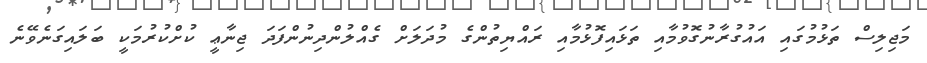
މަޖިލިސް ތަޅުމުގައި އައުގުރާނުގޮވުމާއި ތަޅައިފޮޅުމާއި ރައްޔިތުންގެ މުދަލަށް ގެއްލުންދިނުންފަދަ ޖިނާޢީ ކުށްކުރުމަކީ ބަލައިގަނެވޭނެ